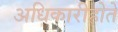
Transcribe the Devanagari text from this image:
अधिकारीहोते